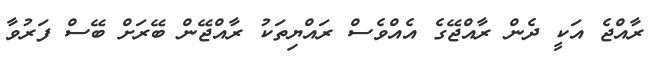
ރާއްޖެ އަކީ ދެން ރާއްޖޭގެ އެއްވެސް ރައްޔިތަކު ރާއްޖޭން ބޭރަށް ބޭސް ފަރުވާ